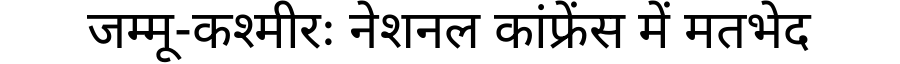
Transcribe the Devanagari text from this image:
जम्मू-कश्मीरः नेशनल कांफ्रेंस में मतभेद